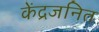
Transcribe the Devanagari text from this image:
केंद्रजनित